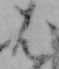
は